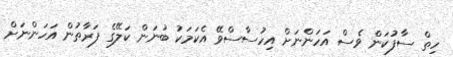
ހިތް ސާފުކަން ވެސް އަހަންނަށް އިހުސާސްވޭ އެކަމަކު ބުނަން ކަލޭގެ ފަރާތުން އަހަންނަށް